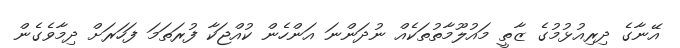
އޭނާގެ ދިރިއުޅުމުގެ ޒާތީ މައުލޫމާތުތަކެއް ނުދަންނަ އަންހެން ކުއްޖަކާ ފުރަތަމަ ފަހަރަށް ދިމާވެގެން